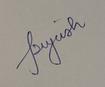
Signature authenticity: genuine